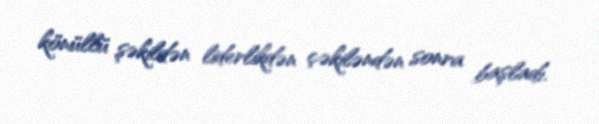
könüllü şəkildən liderlikdən çəkiləndən sonra başladı.